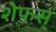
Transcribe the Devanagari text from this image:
शेफ़स्